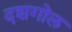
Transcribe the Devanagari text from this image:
दशगोल